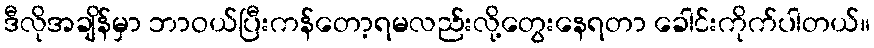
ဒီလိုအချိန်မှာ ဘာဝယ်ပြီးကန်တော့ရမလည်းလို့တွေးနေရတာ ခေါင်းကိုက်ပါတယ်။